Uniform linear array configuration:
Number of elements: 16
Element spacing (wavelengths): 0.75
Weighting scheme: exponential
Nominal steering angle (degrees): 30
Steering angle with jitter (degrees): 28.986
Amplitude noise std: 0.05
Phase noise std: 0.05

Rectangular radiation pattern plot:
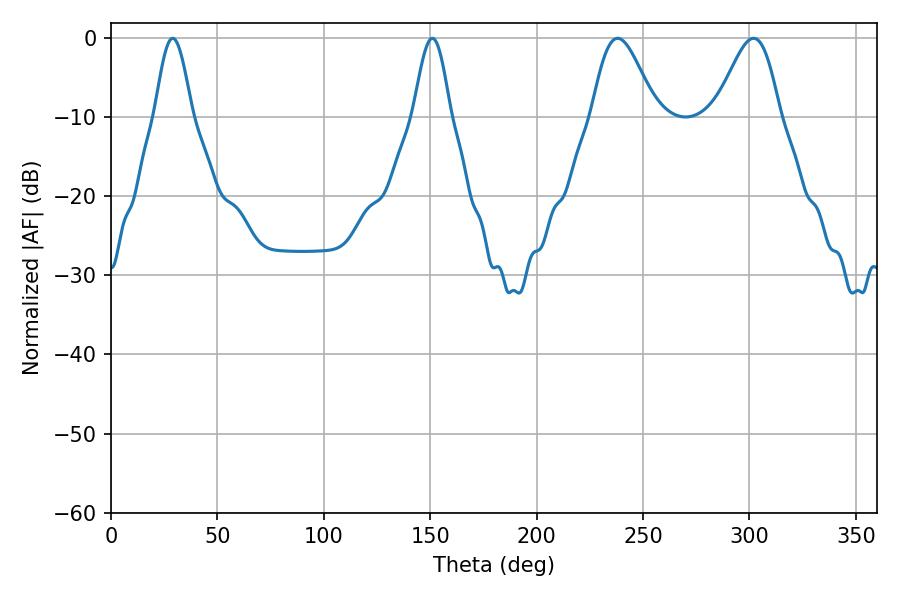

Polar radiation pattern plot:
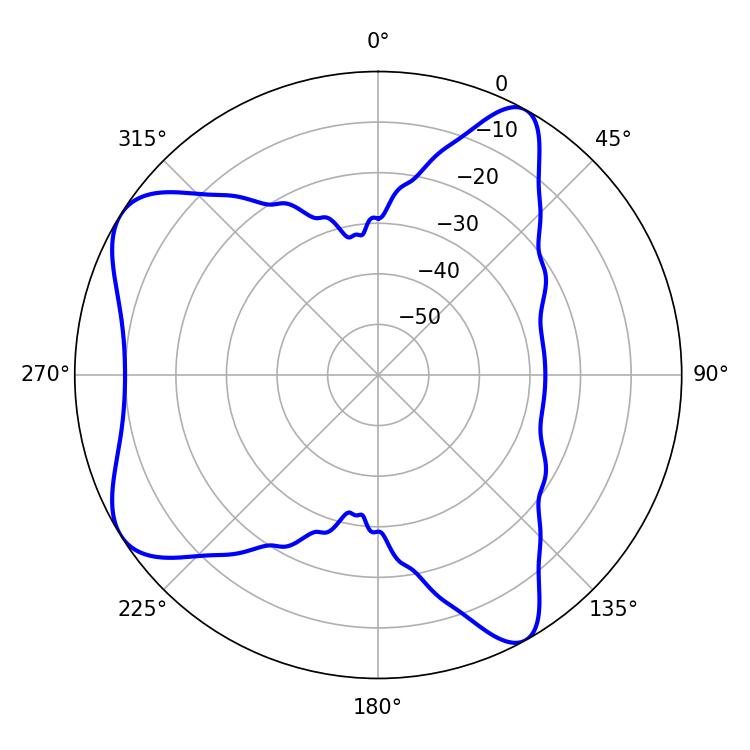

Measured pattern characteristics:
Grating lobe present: TRUE
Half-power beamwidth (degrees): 9.18
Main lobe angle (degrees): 28.98